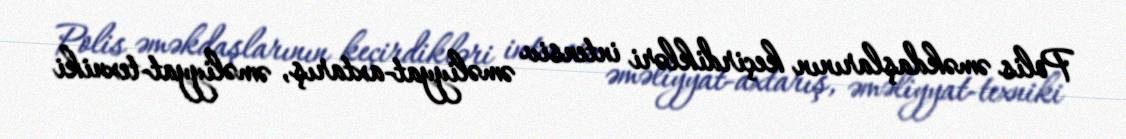
Polis əməkdaşlarının keçirdikləri intensiv əməliyyat-axtarış, əməliyyat-texniki